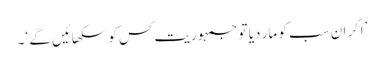
’اگر ان سب کو مار دیا تو جمہوریت کس کو سکھائیں گے ‘۔